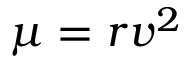
\mu = r v ^ { 2 }